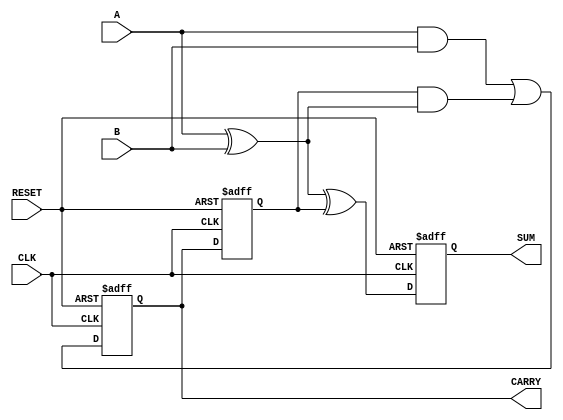
module SequentialHalfAdder (
    input wire A,          // First operand
    input wire B,          // Second operand
    input wire CLK,        // Clock signal
    input wire RESET,      // Reset signal
    output reg SUM,        // Sum output
    output reg CARRY       // Carry output
);

    // Internal state to store the carry from the previous addition
    reg CARRY_INTERNAL;

    always @(posedge CLK or posedge RESET) begin
        if (RESET) begin
            // Reset the internal state and outputs
            CARRY_INTERNAL <= 1'b0;
            SUM <= 1'b0;
            CARRY <= 1'b0;
        end else begin
            // Calculate the SUM and CARRY
            SUM <= A ^ B ^ CARRY_INTERNAL;  // Sum calculation
            CARRY <= (A & B) | (CARRY_INTERNAL & (A ^ B));  // Carry calculation
            
            // Update the internal carry state
            CARRY_INTERNAL <= CARRY;
        end
    end
endmodule